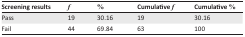
<table><thead><tr><td><b>Screening results</b></td><td><b><i>f</i></b></td><td><b>%</b></td><td><b>Cumulative <i>f</i></b></td><td><b>Cumulative %</b></td></tr></thead><tbody><tr><td>Pass</td><td>19</td><td>30.16</td><td>19</td><td>30.16</td></tr><tr><td>Fail</td><td>44</td><td>69.84</td><td>63</td><td>100</td></tr></tbody></table>